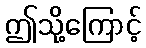
ဤသို့ကြောင့်